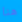
هنا